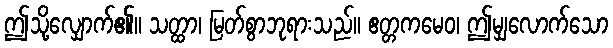
ဤသို့လျှောက်၏။ သတ္ထာ၊ မြတ်စွာဘုရားသည်။ ဧတ္တကမေဝ၊ ဤမျှလောက်သော